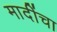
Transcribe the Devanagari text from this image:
मादींचा